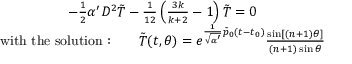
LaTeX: \begin{array} { c } { { - \frac { 1 } { 2 } \alpha ^ { \prime } D ^ { 2 } \tilde { T } - \frac { 1 } { 1 2 } \left( \frac { 3 k } { k + 2 } - 1 \right) \tilde { T } = 0 } } \\ { { \mathrm { w i t h ~ t h e ~ s o l u t i o n : } \qquad \tilde { T } ( t , \theta ) = e ^ { \frac { 1 } { \sqrt { \alpha ^ { \prime } } } \tilde { p } _ { 0 } ( t - t _ { 0 } ) } \frac { \sin [ ( n + 1 ) \theta ] } { ( n + 1 ) \sin \theta } } } \end{array}